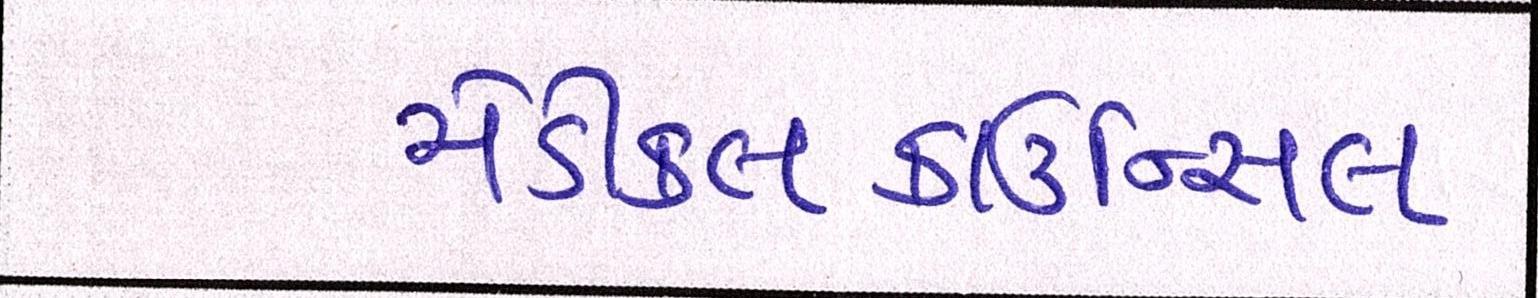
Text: મેડીકલકાઉન્સિલ